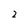
Character: 2